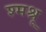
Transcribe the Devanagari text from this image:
श्मश्रू